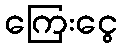
ကြေးငွေ